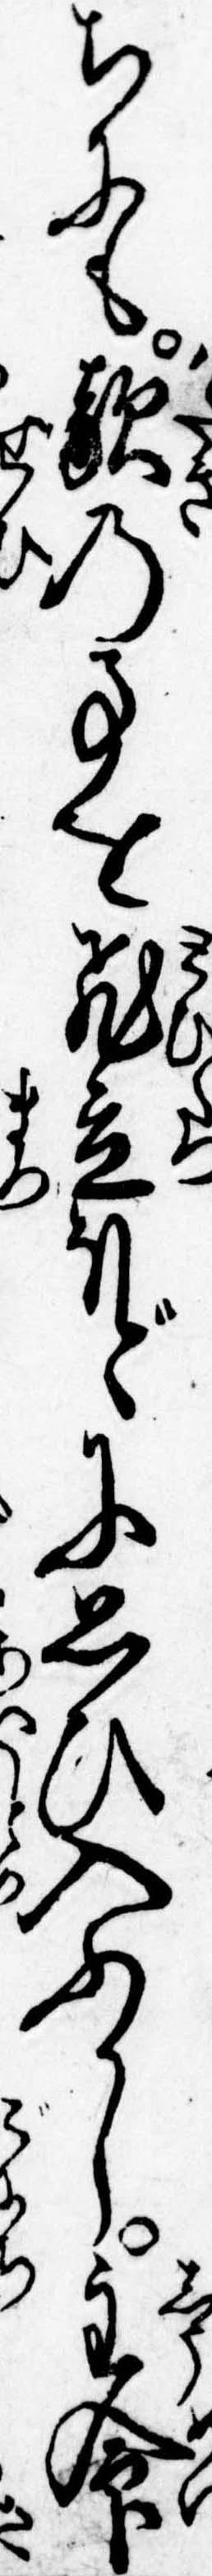
ちにも敵の事を飛立ほどに思ひ入ふかし主命